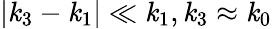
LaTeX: |\mathit{k}_{3}-\mathit{k}_{1}|\ll\mathit{k}_{1},\mathit{k}_{3}\approx\mathit{k}_{0}